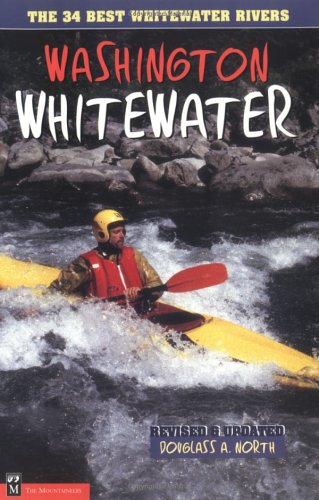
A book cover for Washington Whitewater: The 34 Best Whitewater Rivers; Douglass North; Sports & Outdoors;